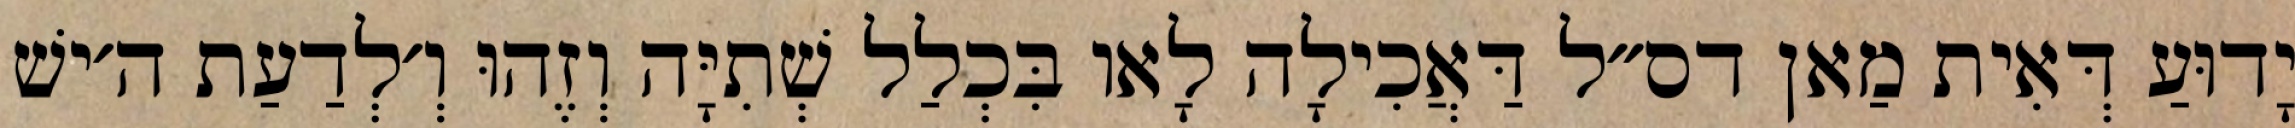
יָדוּעַ דְּאִית מַאן דס״ל דַּאֲכִילָה לָאו בִּכְלַל שְׁתִיָּה וְזֶהוּ וְ׳לְדַעַת ה׳ישׁ